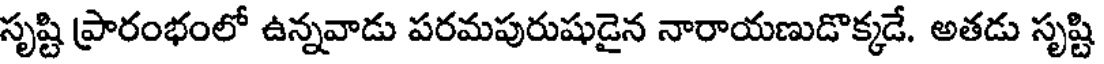
సృష్టి ప్రారంభంలో ఉన్నవాడు పరమపురుషుడైన నారాయణుడొక్కడే. అతడు సృష్టి